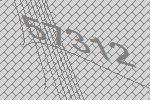
57312